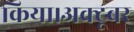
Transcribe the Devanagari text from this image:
किया।अक्टूबर